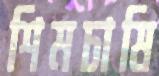
শিমচাষি